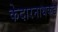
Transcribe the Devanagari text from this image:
केदारनाथकडे